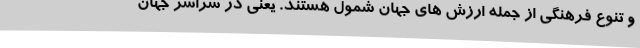
و تنوع فرهنگی از جمله ارزش های جهان شمول هستند. یعنی در سراسر جهان